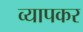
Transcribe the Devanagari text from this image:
व्यापकर